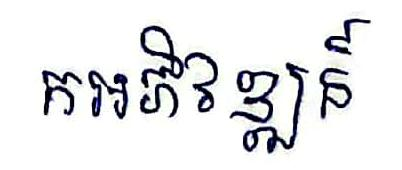
កអភិវឌ្ឍន៍